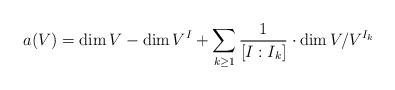
LaTeX: \begin{align*}a(V) = \dim V - \dim V^I + \sum_{k \geq 1} \frac{1}{[I:I_k]} \cdot \dim V/ V^{I_k}\end{align*}